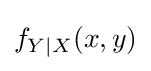
f_{Y\mid X}(x,y)